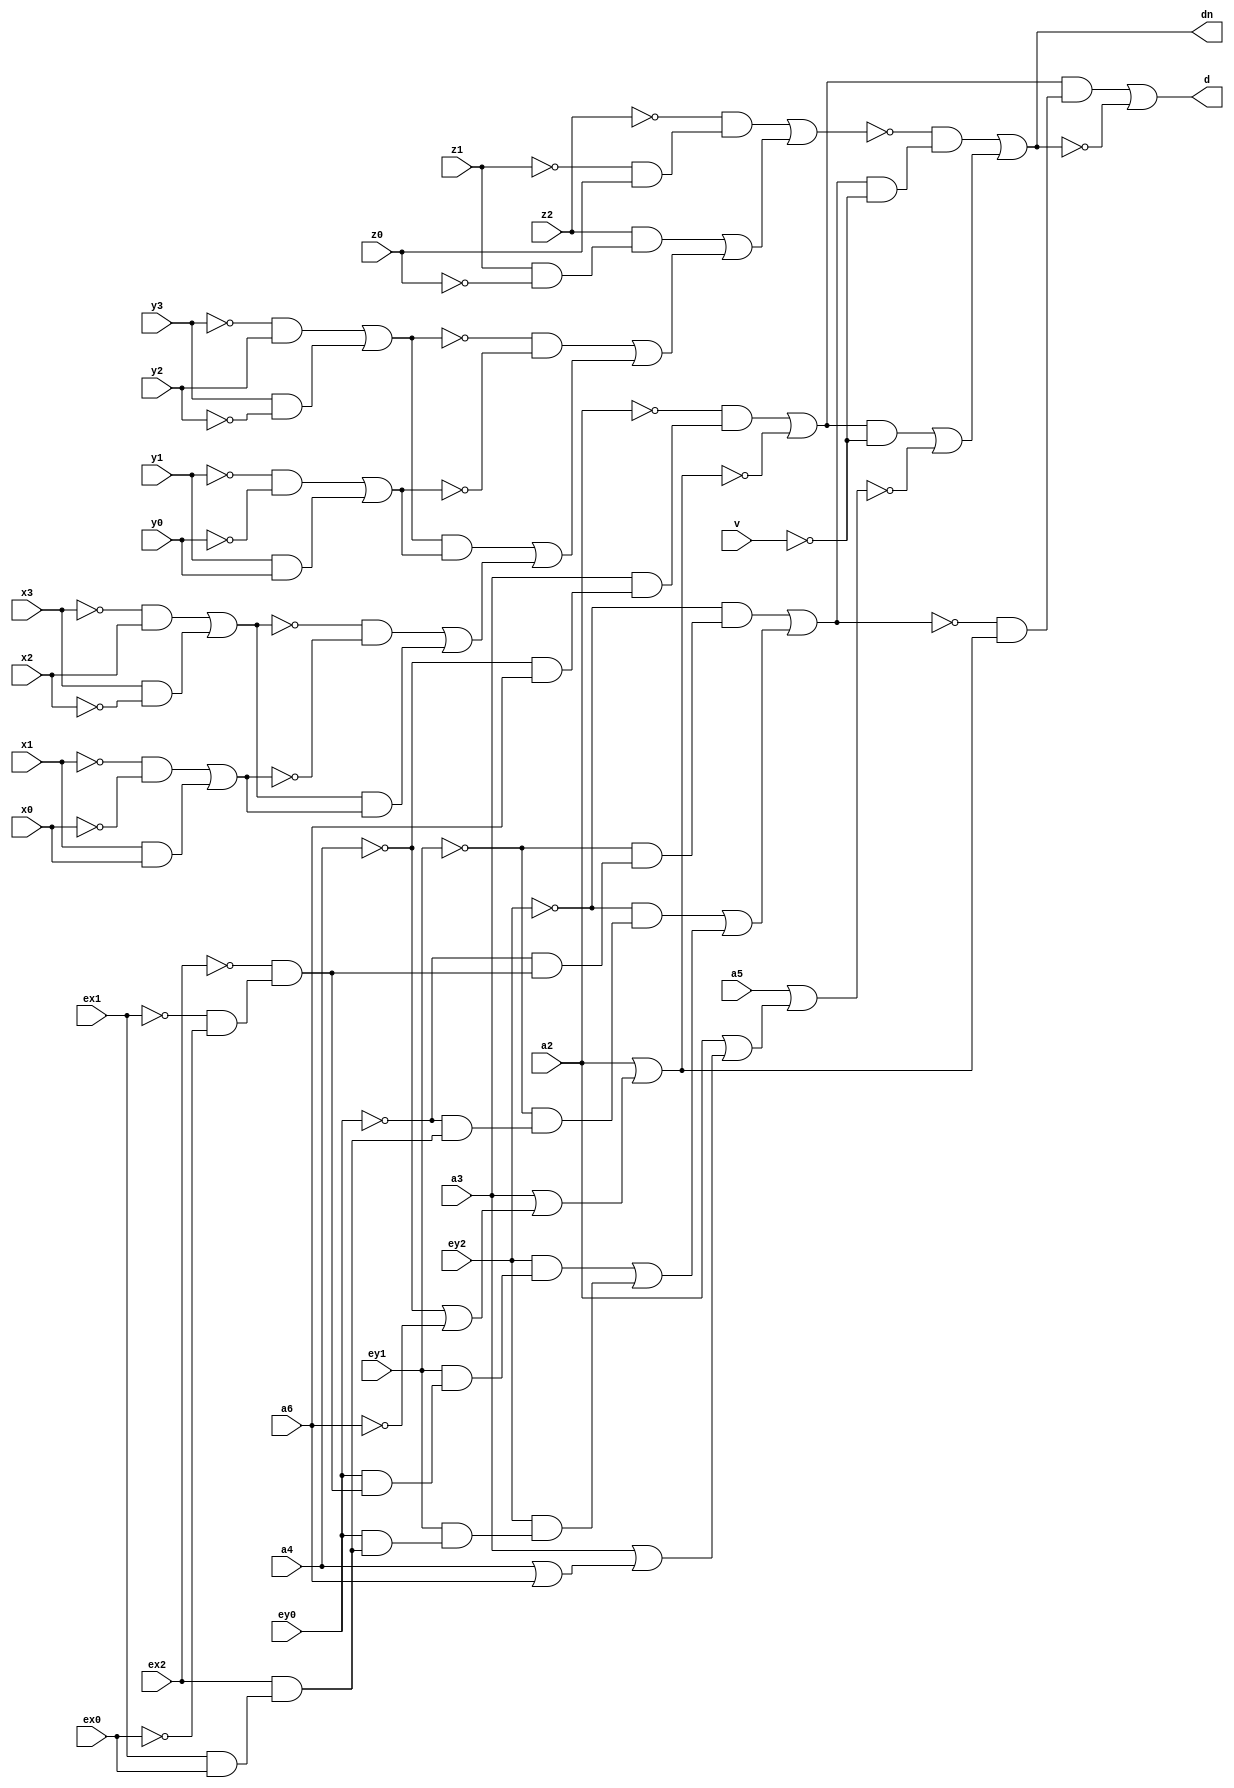
// IWLS benchmark module "cordic" printed on Wed May 29 16:31:29 2002
module cordic(a6, a4, a3, a2, a5, v, x0, x1, x2, x3, y0, y1, y2, y3, z0, z1, z2, ex0, ex1, ex2, ey0, ey1, ey2, d, dn);
input
  z0,
  z1,
  z2,
  v,
  ex0,
  ex1,
  ex2,
  ey0,
  ey1,
  ey2,
  a2,
  a3,
  a4,
  a5,
  a6,
  x0,
  x1,
  x2,
  x3,
  y0,
  y1,
  y2,
  y3;
output
  dn,
  d;
wire
  \[368] ,
  \[375] ,
  \[8] ,
  \[157] ,
  \[376] ,
  \[0] ,
  \[505] ,
  \[1] ,
  \[511] ,
  \[367] ,
  \[6] ;
assign
  \[368]  = (~x3 & x2) | (x3 & ~x2),
  \[375]  = (~y1 & ~y0) | (y1 & y0),
  \[8]  = (~z2 & (~z1 & z0)) | ((z2 & (z1 & ~z0)) | ((~\[376]  & ~\[375] ) | ((\[376]  & \[375] ) | ((~\[368]  & ~\[367] ) | (\[368]  & \[367] ))))),
  \[157]  = (~ey2 & (~ey1 & (~ey0 & (~ex2 & (~ex1 & ~ex0))))) | ((~ey2 & (~ey1 & (~ey0 & (ex2 & (ex1 & ex0))))) | ((ey2 & (ey1 & (ey0 & (~ex2 & (~ex1 & ~ex0))))) | (ey2 & (ey1 & (ey0 & (ex2 & (ex1 & ex0))))))),
  \[376]  = (~y3 & y2) | (y3 & ~y2),
  dn = \[1] ,
  \[0]  = (\[6]  & (~\[157]  & \[505] )) | ~\[1] ,
  \[505]  = a2 | (a3 | (~a4 | ~a6)),
  d = \[0] ,
  \[1]  = (~\[8]  & (\[157]  & ~v)) | ((\[6]  & ~v) | ~\[511] ),
  \[511]  = a5 | (a2 | (a3 | (a4 | a6))),
  \[367]  = (~x1 & ~x0) | (x1 & x0),
  \[6]  = (~a2 & (a3 & (~a4 & a6))) | ~\[505] ;
endmodule